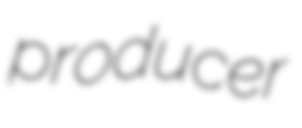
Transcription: producer